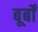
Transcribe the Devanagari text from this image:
बूर्बों